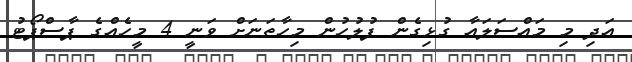
އަދި މި މައްސަލައާ ގުޅިގެން ފުލުހުން މިހާތަނަށް ވަނީ 4 މީހެއްގެ ޕާސްޕޯޓު